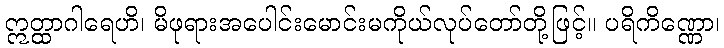
ဣတ္ထာဂါရေဟိ၊ မိဖုရားအပေါင်းမောင်းမကိုယ်လုပ်တော်တို့ဖြင့်။ ပရိကိဏ္ဏော၊